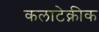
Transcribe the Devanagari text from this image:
कलाटेक्नीक